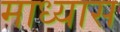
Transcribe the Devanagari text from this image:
माध्यास